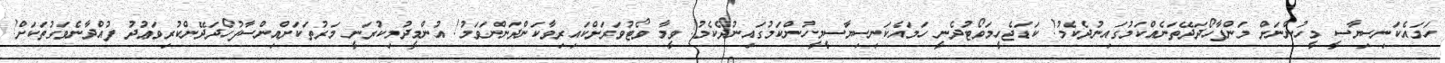
ހަމައެކަނިސިޔާސީ މީހުންނަށް މަންފާހޯދަދޭތަނެއްކަމުގައިނުދެކެމު! ކަޑަޖެހީމަވޯޓުދެނީ ހަމައެކަނިސިޔާސީމީހުންކަމުގައިނުދެކެމު! ވީމާ ވޯޓުވަރަށްކައިރިވާކަންދަންނަވަމު! އުންމީދުމިކުރަނީ މަރުތަކަށްއިންސާފުހޯދަދޭންކުރިވަޢުދު ފުއްދާނެވަގުތަކަށް!